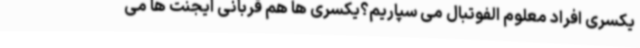
یکسری افراد معلوم الفوتبال می سپاریم؟یکسری ها هم قربانی ایجنت ها می